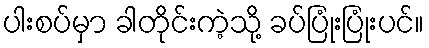
ပါးစပ်မှာ ခါတိုင်းကဲ့သို့ ခပ်ပြုံးပြုံးပင်။